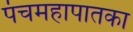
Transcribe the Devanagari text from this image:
पंचमहापातका